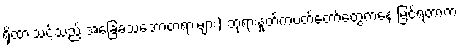
ရှိထားသင့်သည့် အခြေခံသဘောတရားများ) ဘုရားနှုတ်ကပတ်တော်တွေကနေ မြင်ရတာက